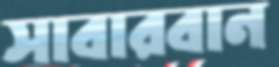
সাবারবান